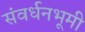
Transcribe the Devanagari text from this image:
संवर्धनभूमी